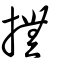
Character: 撫